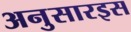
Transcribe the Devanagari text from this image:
अनुसारइस